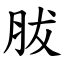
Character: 胈